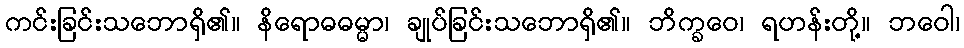
ကင်းခြင်းသဘောရှိ၏။ နိရောဓဓမ္မာ၊ ချုပ်ခြင်းသဘောရှိ၏။ ဘိက္ခဝေ၊ ရဟန်းတို့။ ဘဝေါ၊